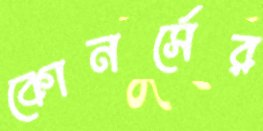
কোনর্সের